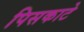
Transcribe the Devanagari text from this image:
पिसकाटे